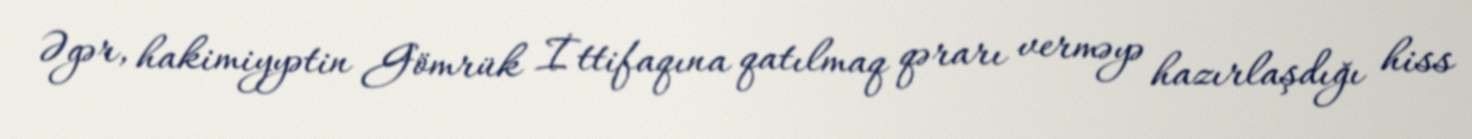
Əgər, hakimiyyətin Gömrük İttifaqına qatılmaq qərarı verməyə hazırlaşdığı hiss